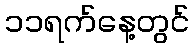
၁၁ရက်နေ့တွင်